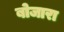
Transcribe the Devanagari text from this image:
बोजारा